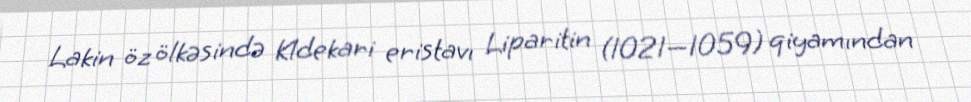
Lakin öz ölkəsində Kldekari eristavı Liparitin (1021—1059) qiyamından